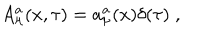
A _ { \mu } ^ { a } ( x , \tau ) = a _ { \mu } ^ { a } ( x ) \delta ( \tau ) \; ,